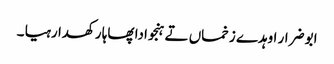
ابو ضرار اوہدے زخماں تے ہنجوادا پھاہا رکھدا رہیا ۔